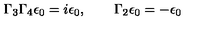
\Gamma _ { 3 } \Gamma _ { 4 } \epsilon _ { 0 } = i \epsilon _ { 0 } , \qquad \Gamma _ { 2 } \epsilon _ { 0 } = - \epsilon _ { 0 }